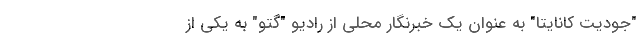
"جودیت کانایتا" به عنوان یک خبرنگار محلی از رادیو "گتو" به یکی از